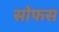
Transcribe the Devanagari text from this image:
सोफस